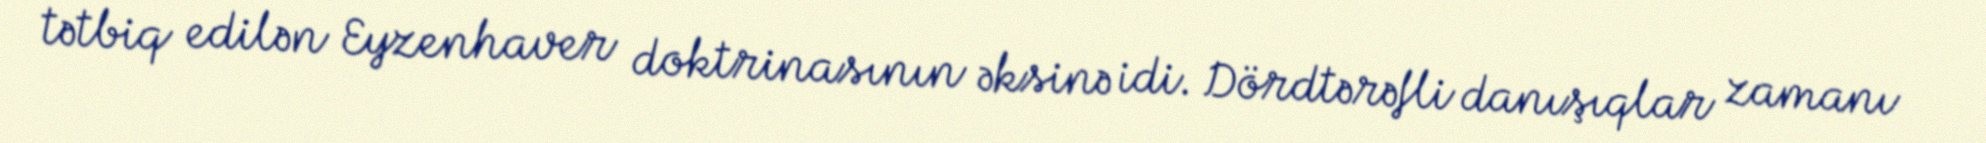
tətbiq edilən Eyzenhaver doktrinasının əksinə idi. Dördtərəfli danışıqlar zamanı